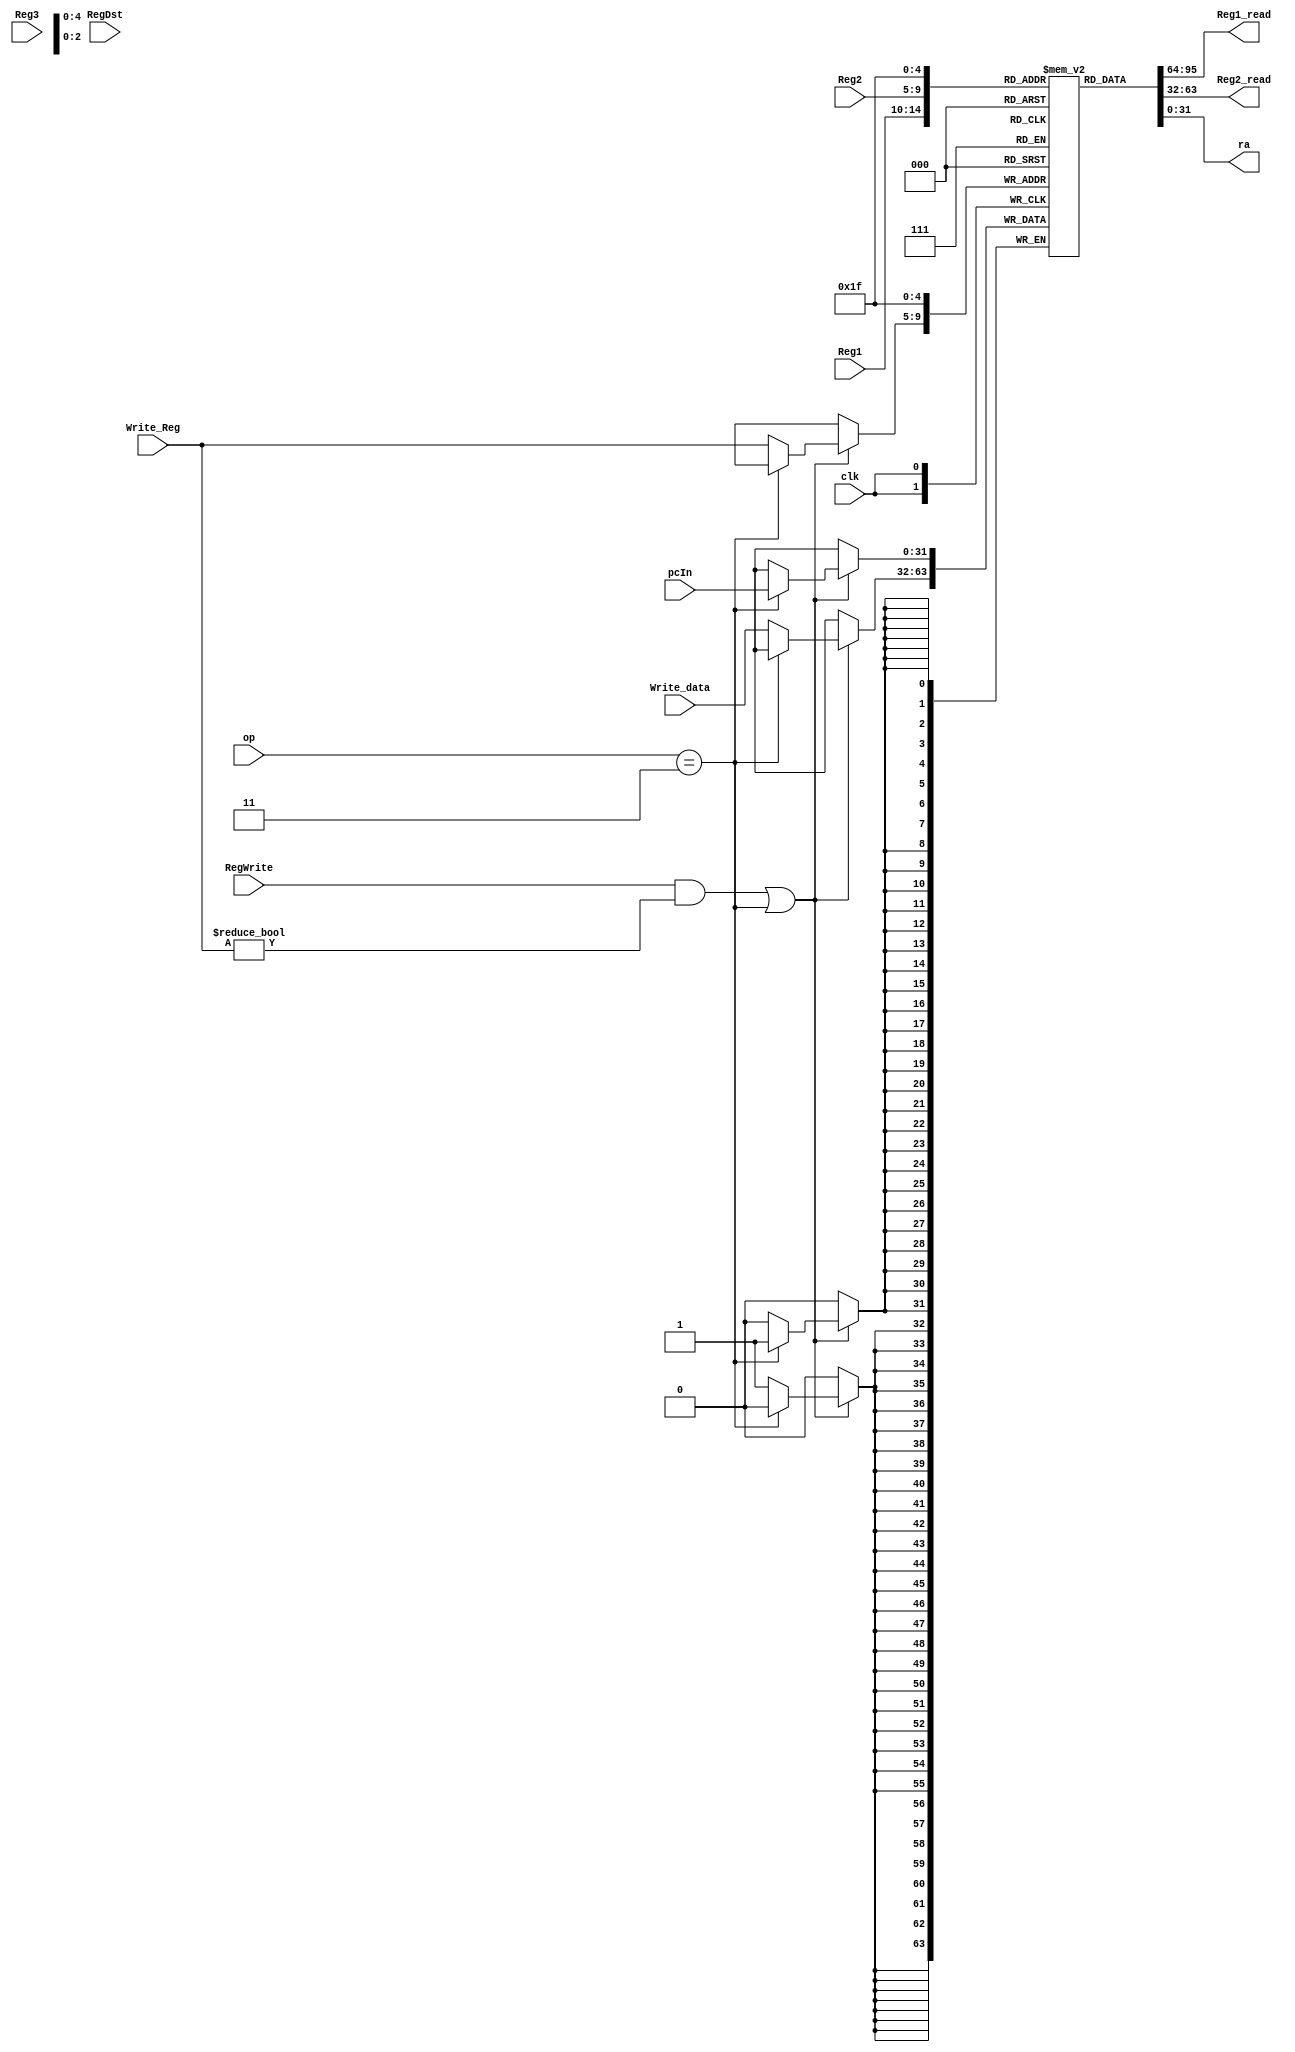
`timescale 1ns / 1ps

module Registers(Reg1,Reg2,clk,RegWrite,Write_Reg,Write_data,Reg1_read,Reg2_read,Reg3,RegDst,op,ra,pcIn);
     
input [4:0]Reg1;
input [4:0]Reg2;
input clk;
input RegWrite;
input [4:0]Write_Reg;
input [31:0]Write_data;
input [4:0]Reg3;
input RegDst;
input [5:0]op;
output [31:0]ra;
input [31:0]pcIn;
output [31:0]Reg1_read;
output [31:0]Reg2_read;
reg [31:0]registers[31:0];
assign Reg1_read=registers[Reg1];
assign Reg2_read=registers[Reg2];
assign ra=registers[31];
integer i;
	initial
	begin	//320
		for(i = 0; i < 32; i = i + 1)
		    registers[i] <= 0;
	end
	always@(negedge clk)
	begin
		if((RegWrite && Write_Reg!=0)||op==6'b000011)
		begin
		     if(op==6'b000011)registers[31] = pcIn;
		 
			 else registers[Write_Reg] = Write_data;
		end
	end
    
endmodule